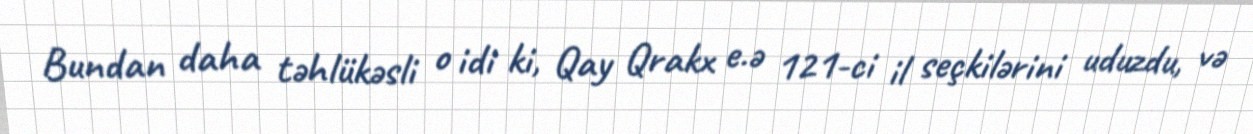
Bundan daha təhlükəsli o idi ki, Qay Qrakx e.ə 121-ci il seçkilərini uduzdu, və